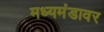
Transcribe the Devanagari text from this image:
मध्यमंडावर